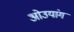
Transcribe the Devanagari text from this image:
ओउयांग